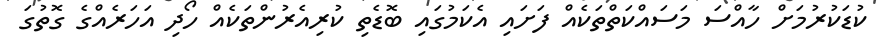
ކުޑަކުރުމަށް ހާއްސަ މަސައްކަތްތަކެއް ފަށައި އެކަމުގައި ބޮޑެތި ކުރިއެރުންތަކެއް ހޯދި އަހަރެއްގެ ގޮތުގަ